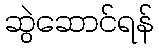
ဆွဲဆောင်ရန်